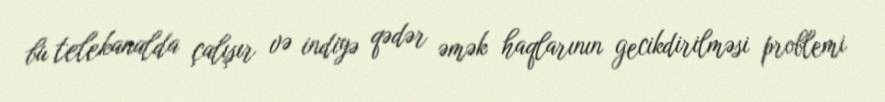
bu telekanalda çalışır və indiyə qədər əmək haqlarının gecikdirilməsi problemi